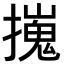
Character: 𢶼